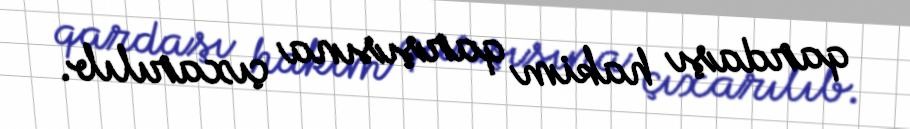
qardaşı hakim qarşısına çıxarılıb.